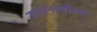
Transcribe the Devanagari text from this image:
डायनासॉरचा